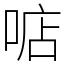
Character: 𠶧